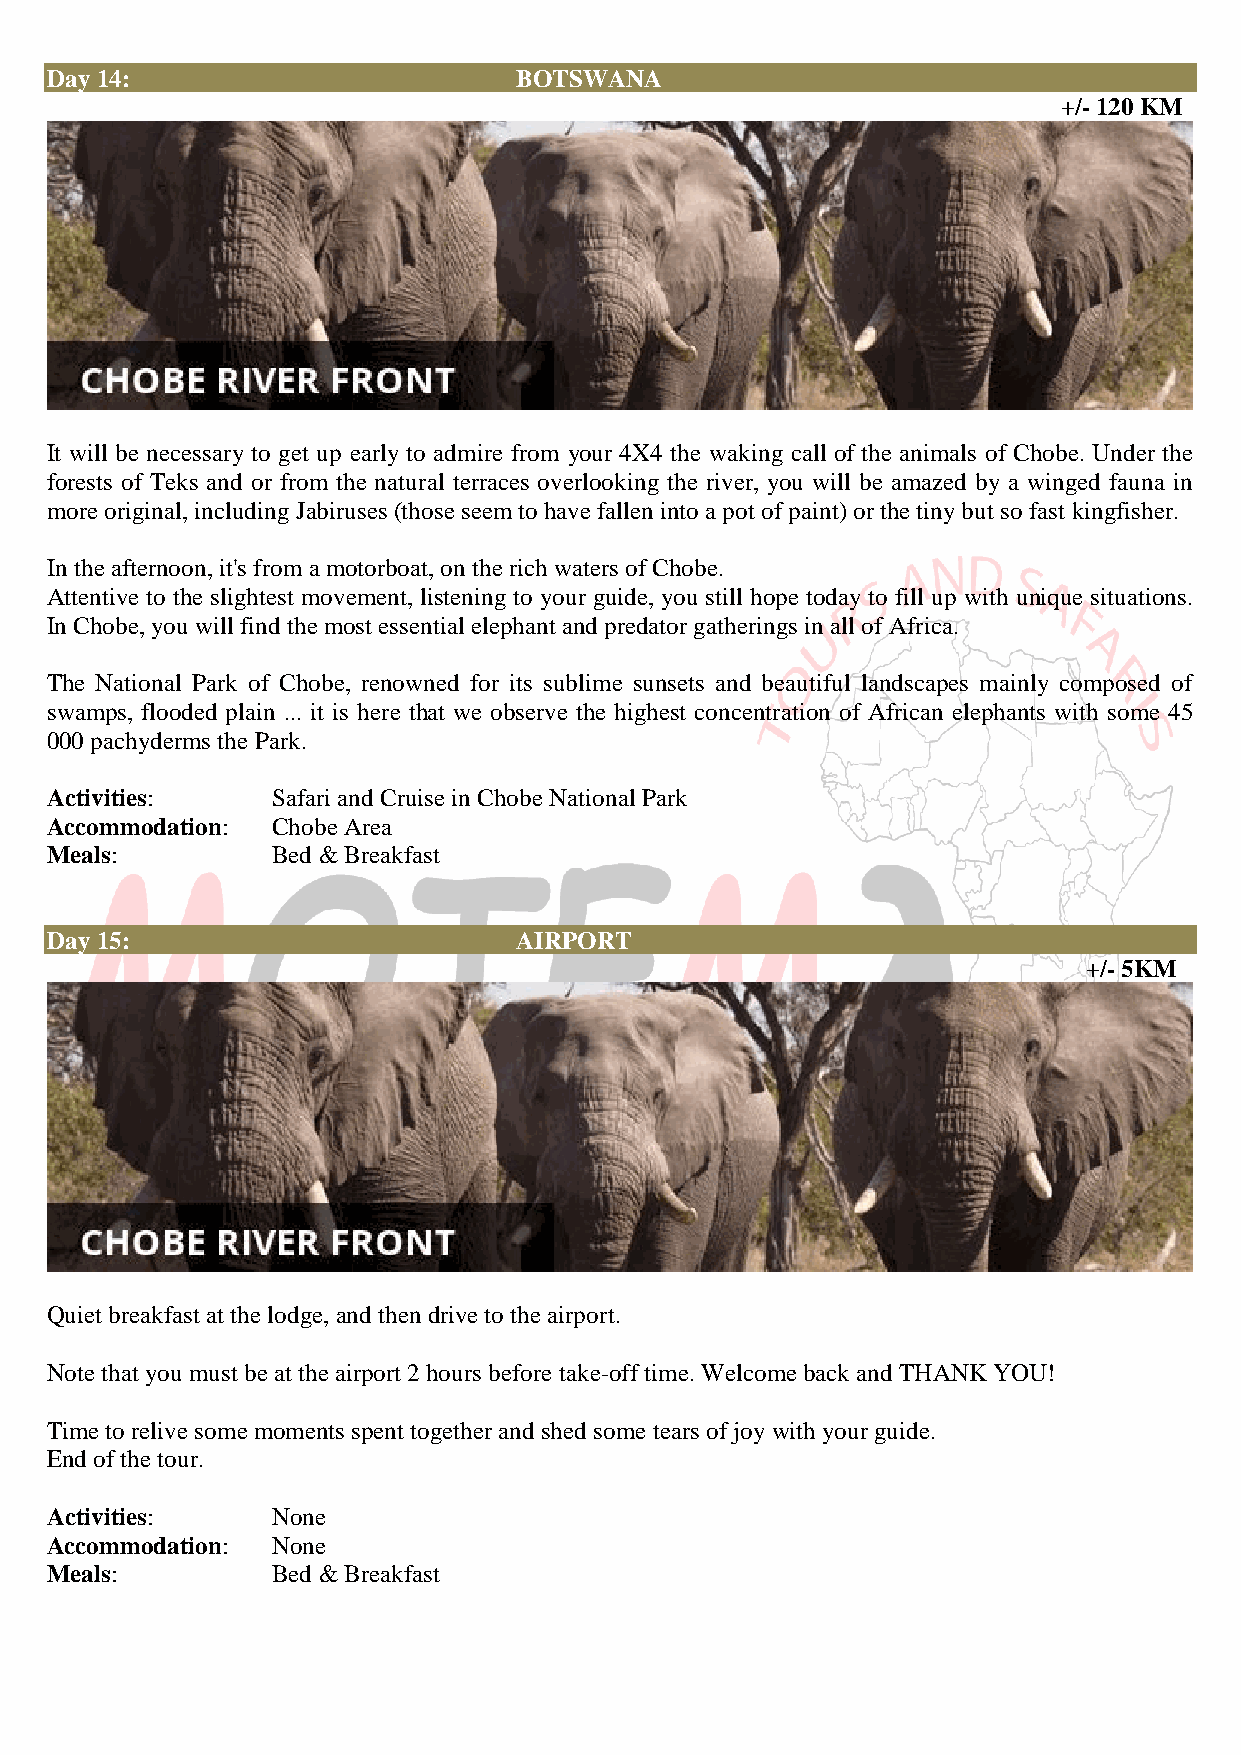
Day 14:                        BOTSWANA
 +/- 120 KM
 It will be necessary to get up early to admire from your 4X4 the waking call of the animals of Chobe. Under the
 forests of Teks and or from the natural terraces overlooking the river, you will be amazed by a winged fauna in
 more original, including Jabiruses (those seem to have fallen into a pot of paint) or the tiny but so fast kingfisher.
 In the afternoon, it's from a motorboat, on the rich waters of Chobe.
 Attentive to the slightest movement, listening to your guide, you still hope today to fill up with unique situations.
 In Chobe, you will find the most essential elephant and predator gatherings in all of Africa.
 The National Park of Chobe, renowned for its sublime sunsets and beautiful landscapes mainly composed of
 swamps, flooded plain ... it is here that we observe the highest concentration of African elephants with some 45
 000 pachyderms the Park.
 Activities:    Safari and Cruise in Chobe National Park
 Accommodation: Chobe Area
 Meals:         Bed & Breakfast
 Day 15:                        AIRPORT
 +/- 5KM
 Quiet breakfast at the lodge, and then drive to the airport.
 Note that you must be at the airport 2 hours before take-off time. Welcome back and THANK YOU!
 Time to relive some moments spent together and shed some tears of joy with your guide.
 End of the tour.
 Activities:    None
 Accommodation: None
 Meals:         Bed & Breakfast